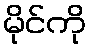
မိုင်ကို